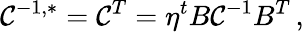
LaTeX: {\cal C}^{-1,*}={\cal C}^{T}=\eta^{t}B{\cal C}^{-1}B^{T}\, ,